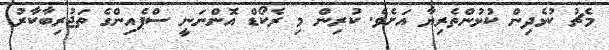
މެޗު ކުޅެދިން ކުޅުންތެރިޔާ އަށެވެ. ކުރިން މި ރެކޯޑް އޮންނަނީ ސްޕެއިންގެ ތަޖުރިބާކާރު